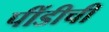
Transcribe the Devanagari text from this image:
पींडीची